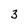
Character: 3